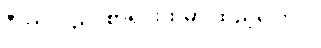
ဒီဟာလည်း စာရင်းထဲမှာ ထည့်ပေးပါ။